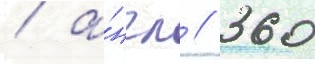
/ а́нгл // 360